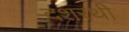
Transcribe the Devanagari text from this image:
दशरथी